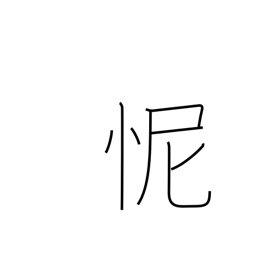
Meaning: shame